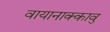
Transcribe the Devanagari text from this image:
वायानाक्कावु